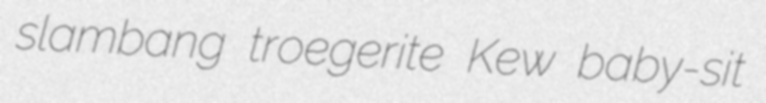
slambang troegerite Kew baby-sit